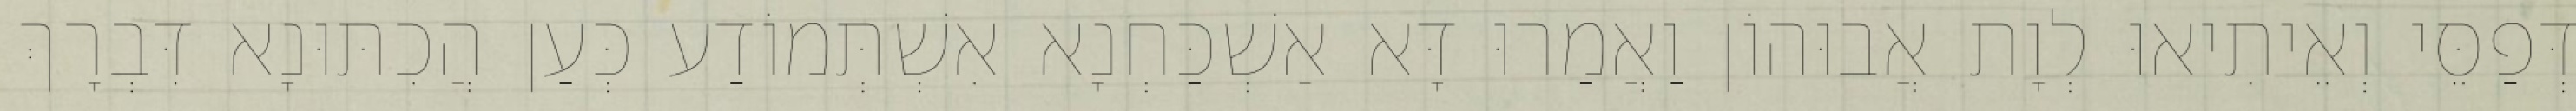
דְּפַסֵּי וְאֵיתִיאוּ לְוָת אֲבוּהוֹן וַאֲמַרוּ דָּא אַשְׁכַּחְנָא אִשְׁתְּמוֹדַע כְּעַן הֲכִתּוּנָא דִּבְרָךְ